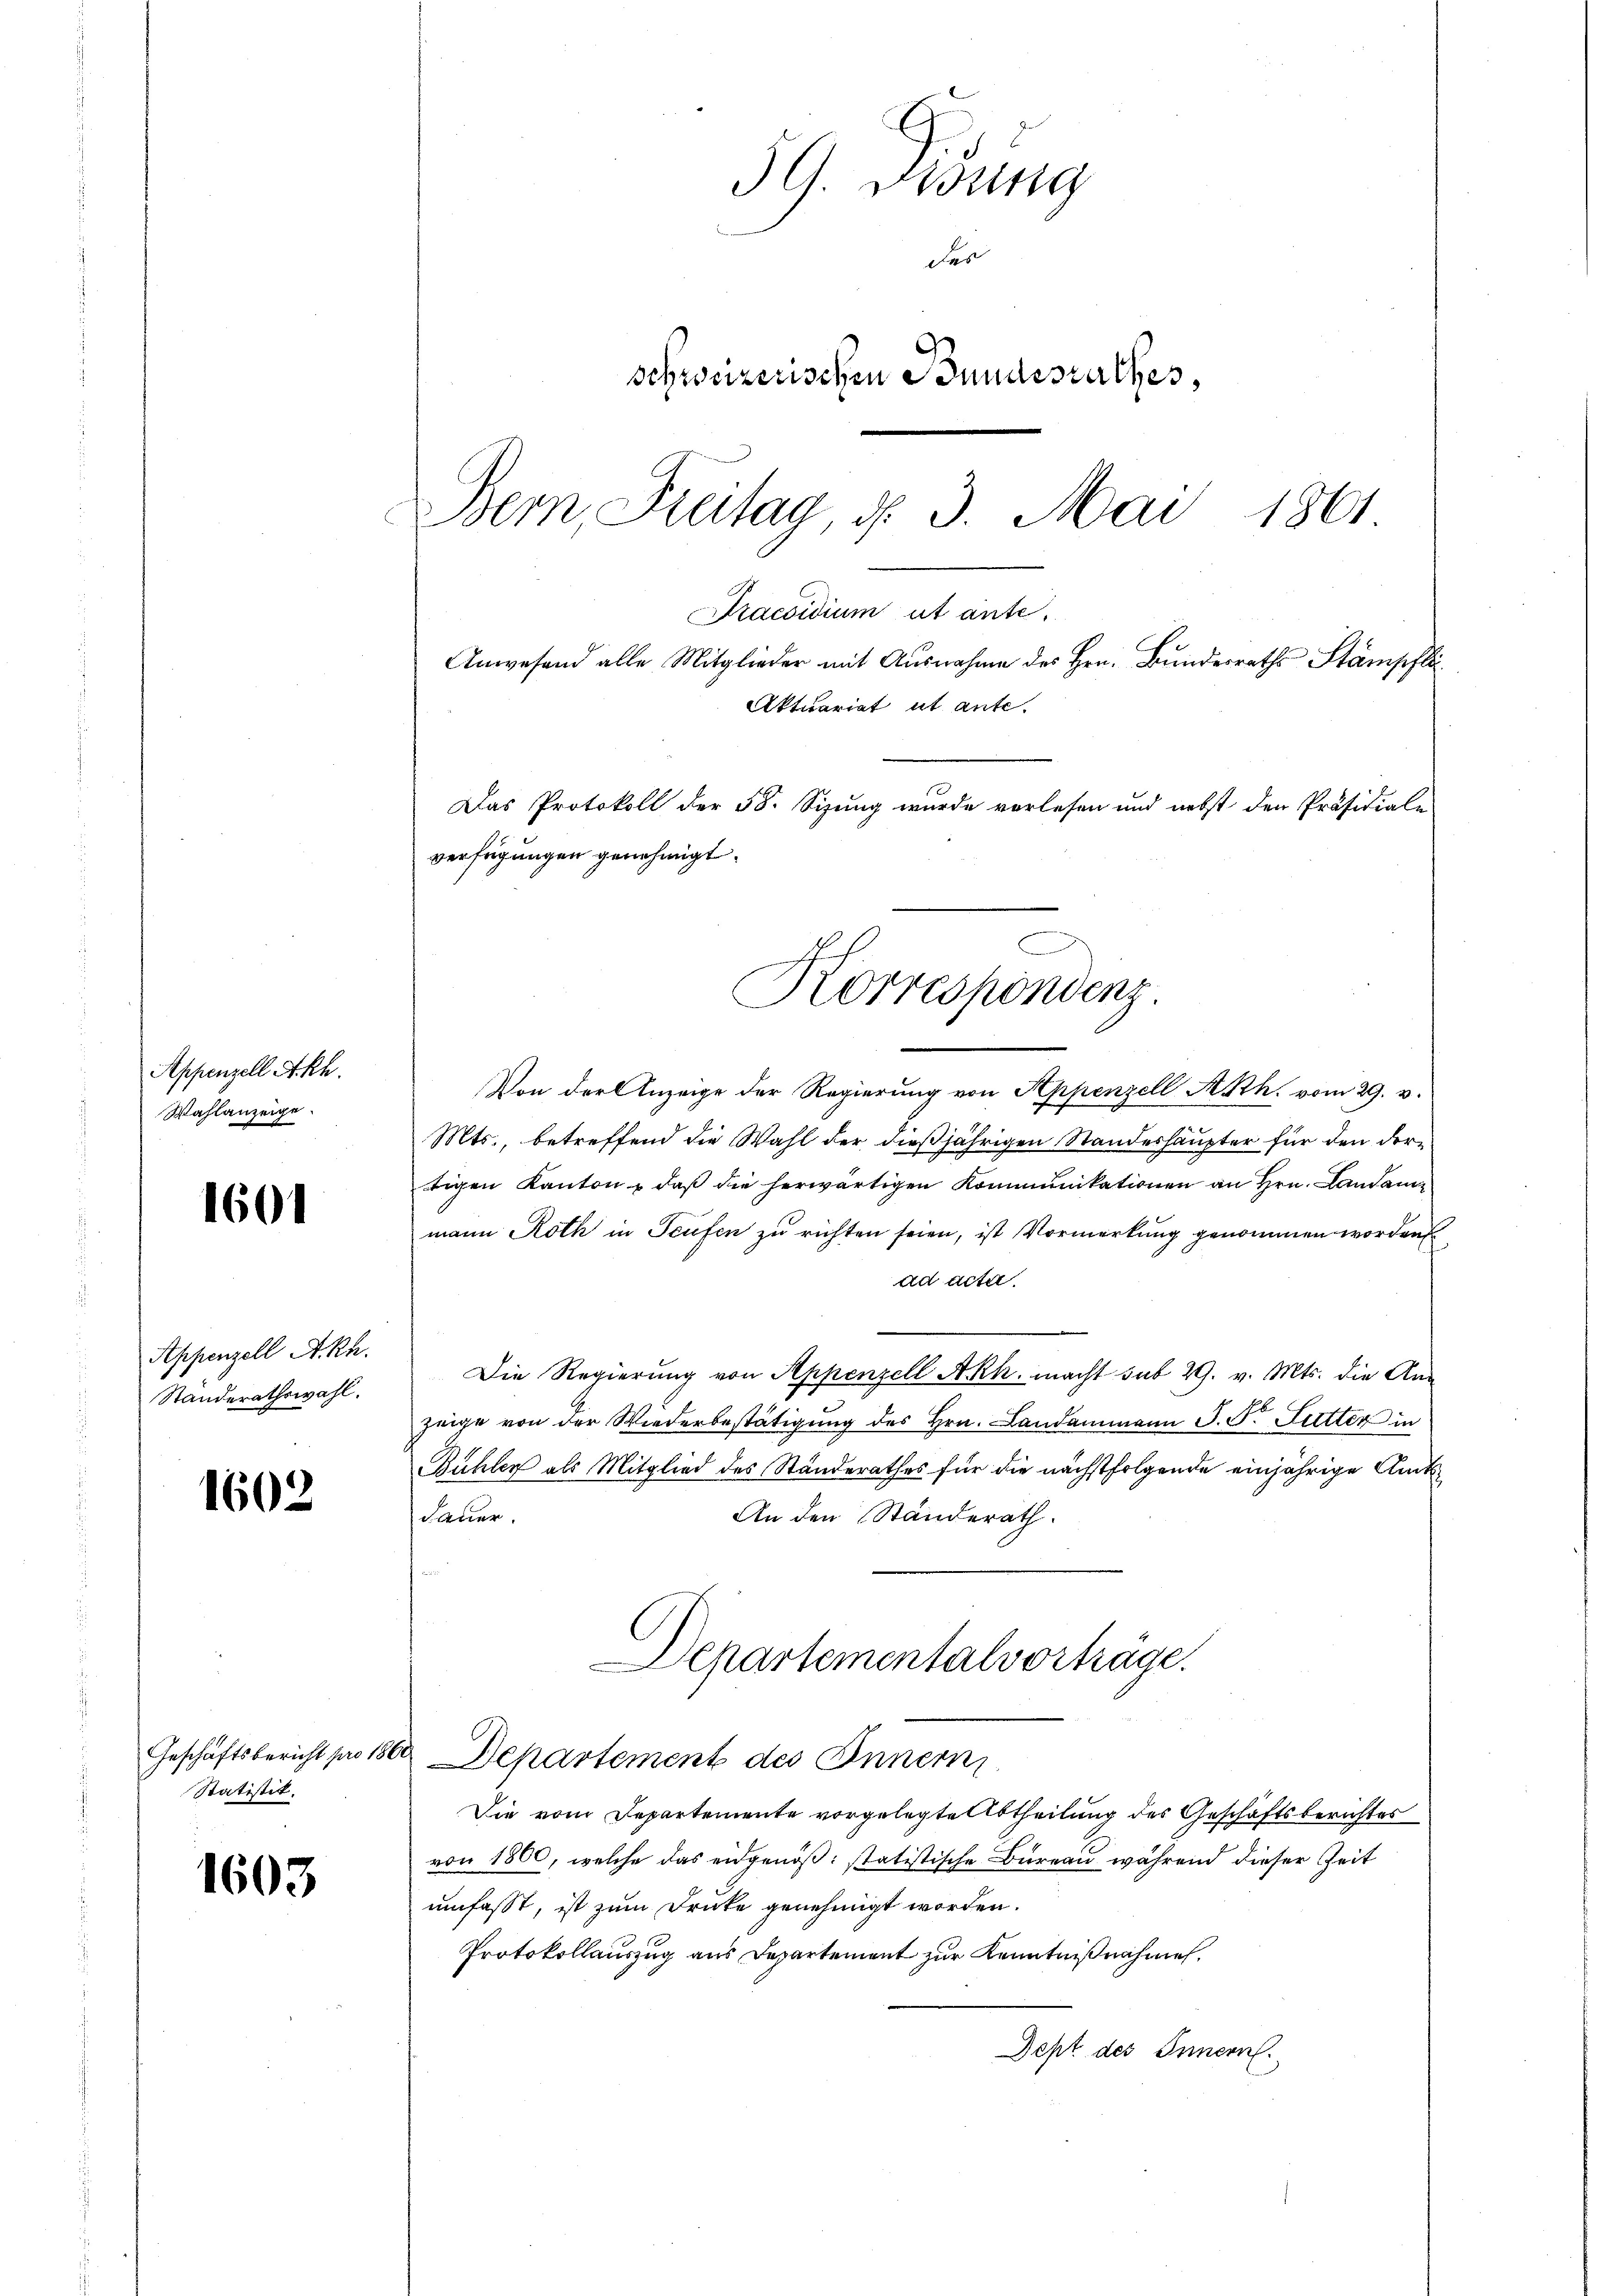
Appenzell M.
Wahlanzeige.

1601

Appenzell A.-Rh.
Standerathswahl.

1602

Statistik.

1603

3G. Ordung
des
schweizerischen Bundesrathes,
Bern Freitag, d. 3. Mai 1861
Praesidium ut ante.
Anwesend alle Mitglieder mit Ausnahme des Hrn. Bundesraths Stampfli
Aktuariat ut ante.

Das Protokoll der 58. Sizung wurde vorlesen und nebst den Präsidiale
verfügungen genehmigt.
D
Korrespondenz.

Von der Anzeige der Regierung von Appenzell A.Rh. vom 29. v.
Mts., betreffend die Wahl der dießjährigen Standeshäupter für den dortigen Kanton, daß die herwärtigen Kommunikationen an Hrn. Landam
mann Roth in Teufen zu richten seien, ist Vormerkung genommen worden
ad actel.
Die Regierung von Appenzell Akh. macht sub 29. v. Mts. die Anzeige von der Wiederbestätigung des Hrn. Landammann J. F. Futter in
Bühler als Mitglied des Standerathes für die nächstfolgende einjährige Amts¬
An den Standerath.
dauer.
Departementalvorträge.

Geschäftsbericht pro 180. Departement des Innern

Die vom Departemente vorgelegte Abtheilung des Geschäftsberichtes
von 1800, welche das eidgenöß: statistische Büreau während dieser Zeit
umfasst, ist zum Drücke genehmigt worden.
Protokollauszug aus Departement zur Kenntnißnahmen.
Jept des Innern.